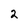
Character: 2